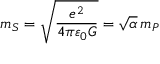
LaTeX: m _ { S } = { \sqrt { \frac { e ^ { 2 } } { 4 \pi \varepsilon _ { 0 } G } } } = { \sqrt { \alpha } } \, m _ { P }